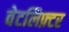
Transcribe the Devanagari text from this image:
वेटलिफ़्टर